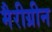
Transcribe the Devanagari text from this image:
मैरीग्रीन